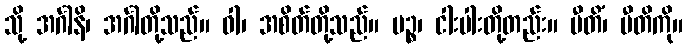
သို့ အင်္ဂါနိ၊ အင်္ဂါတို့သည်။ ဝါ၊ အစိတ်တို့သည်။ ပဉ္စ၊ ငါးပါးတို့တည်း။ ပီတိံ၊ ပီတိကို။